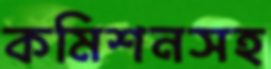
কমিশনসহ